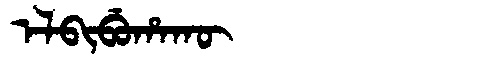
Manchu: ᡝᠯᠪᡳᠪᡠᡥᠠᡴᡡ
Romanization: ELBIBUHAKŪ